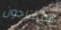
سيحتاجون